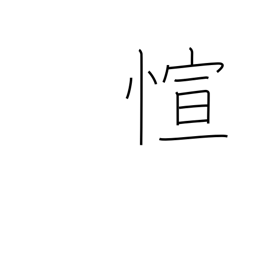
Meaning: abundant